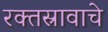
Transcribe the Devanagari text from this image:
रक्तस्रावाचे